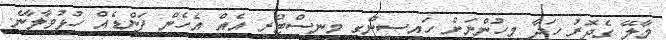
މާލޭ ގެދޮރު ހަދާ މީހުންނަށް ހައިސިންގ މިނިސްޓްރީ އެއް އެހެން ފަންޑެއް ހުޅުވާލާނެ.